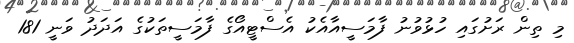
މި ތިން ރަށުގައި ހުޅުވުނު ފާމަސީއާއެކު އެސްޓީއޯގެ ފާމަސީތަކުގެ އަދަދު ވަނީ 181